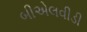
બીએલવીડી